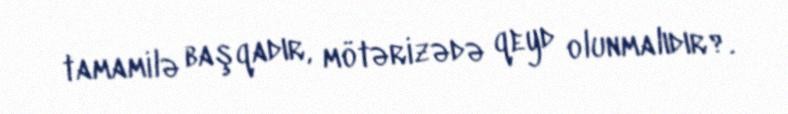
tamamilə başqadır, mötərizədə qeyd olunmalıdır?.